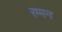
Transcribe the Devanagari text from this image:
रम्मन